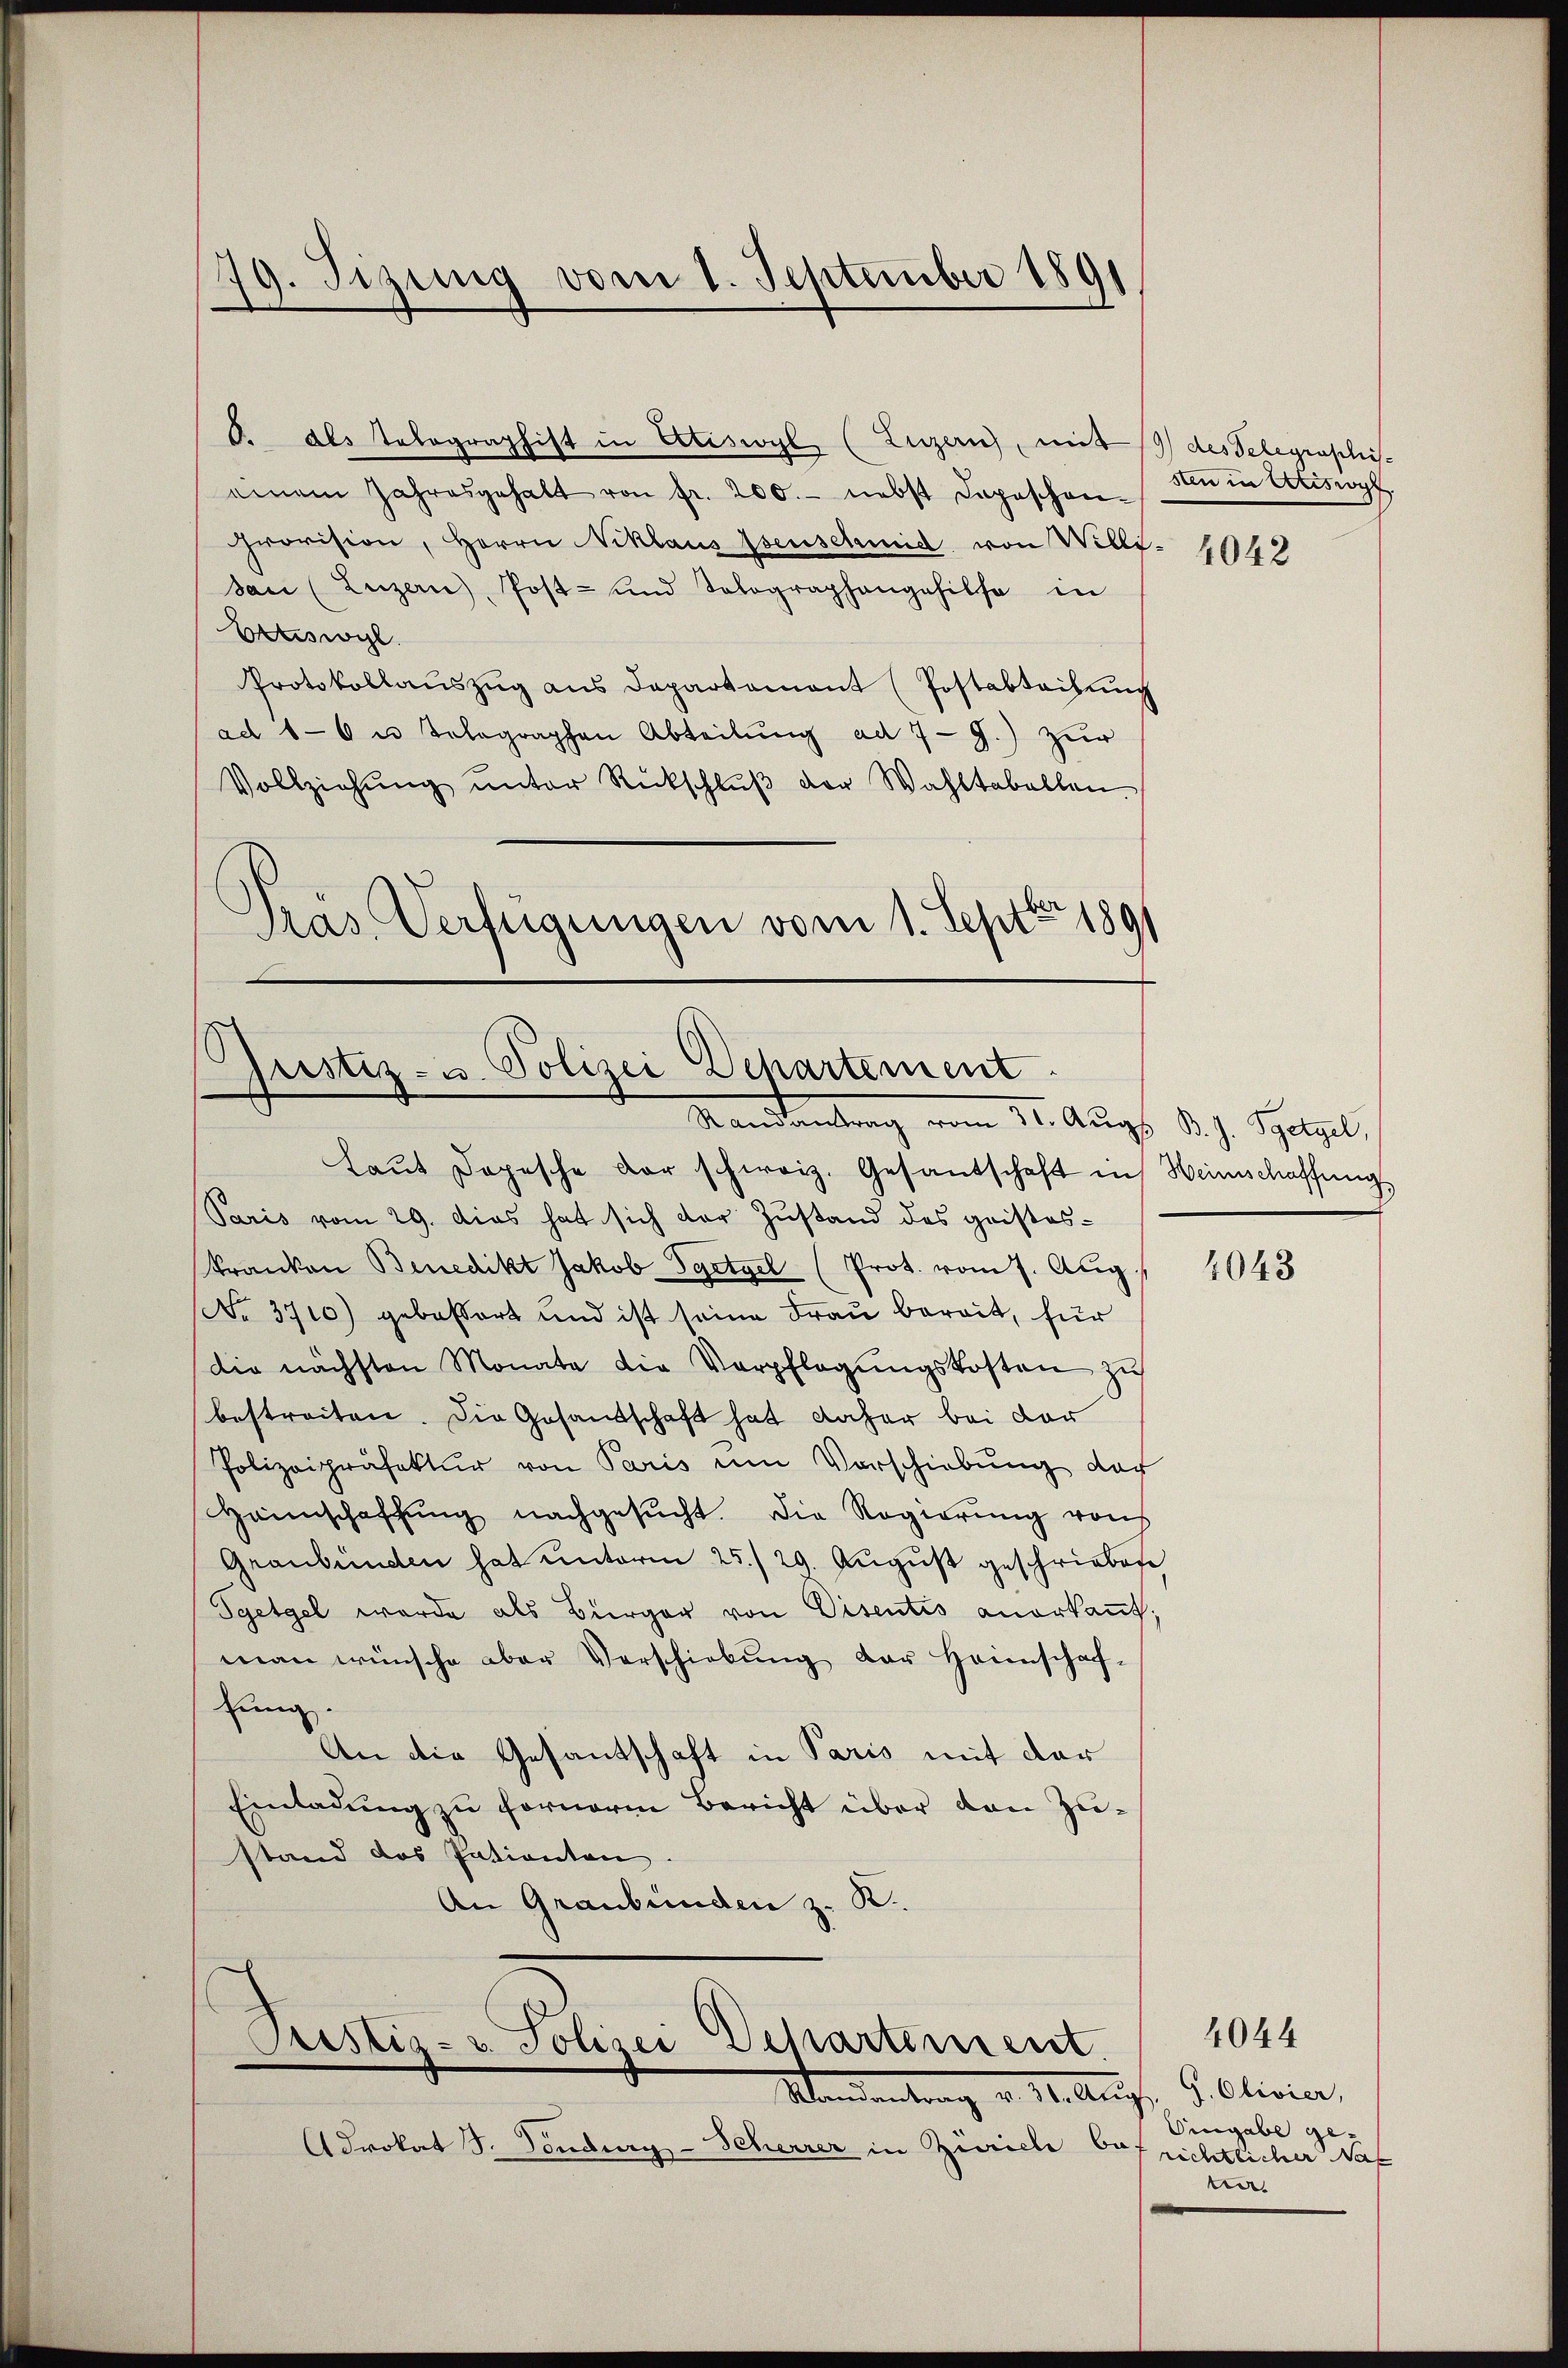
79. Tizung vom 1. September 1891

8. Als Telegraphist in Ariswyl (Luzern, mit 19) des Schegraphi-
einem Jahresgehalt von fr. 200.- nebst Depeschen-
Provision, Herrn Niklaus Isenschmid von Willi- 1042
san (Luzern, Post- und Selographengehilfe in
Ettiswyl
Protokollauszug aus Departament (Postabteilung
ad 16 u Telegraphen Abteilung ad 7-9.) zur
Vollziehŭng ŭnter Rückschlŭβ der Wahltabellen.
.
Pras Verfügungen vom 1. Sept 1891

s
Justiz- u. Polizei Departement
Mandantung vom 11. Augs d. J. Spelzel,

Wandentrag v. Stellung, G. Olivier,
Advokat J. Töndurg-Scherrer in Zürich befrichtlicher Nat

san in Ariswyl

Laut Dopesche der schweiz. Gesandschaft in Heinschaffung
Paris vom 29. dies hat sich der Zustand des gristes¬
Kranken Benedikt Jakob Syetgel (Prot. vom 7. Aug.,
No. 3710) gebossart und ist seine Frau bereit, für
die nächsten Monate die Verpflegŭngskosten zu
bestreiten. Die Gesandschaft hat daher bei der
Polizeipräfektur von Paris um Vorschiebung der
Haimschaffŭng nachgesŭcht. Die Regierŭng vons
Graubünden hat unterm 25. 29. August geschriebene
Tgetgel wurde als Bürger von Disentis anerkant,
man wünsche aber Verschiebŭng der Heimschaf-
zung.
An die Gesantschaft in Paris mit der
Einladung zu fornerm Bericht über den Zustand das Patienten
An Graubünden z. R.
Cristiz- & Polizei Departement

4043

Cingabe ge- |
ter

4044